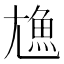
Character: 𩵛